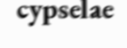
cypselae